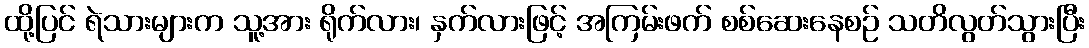
ထို့ပြင် ရဲသားများက သူ့အား ရိုက်လား၊ နှက်လားဖြင့် အကြမ်းဖက် စစ်ဆေးနေစဉ် သတိလွတ်သွားပြီး